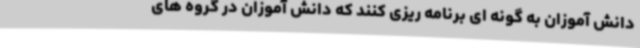
دانش آموزان به گونه ای برنامه ریزی کنند که دانش آموزان در گروه های